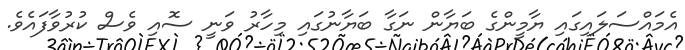
އެމައްސަލައިގައި ޔާމީންގެ ބަޔާން ނަގާ ބަޔާނުގައި މިހާރު ވަނީ ސޮއި ވެސް ކުރުވާފައެވެ.